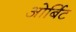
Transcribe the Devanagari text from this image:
ओर्बिट